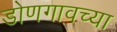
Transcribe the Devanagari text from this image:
डोणगावच्या